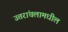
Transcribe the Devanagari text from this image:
उत्तरांचलामधील